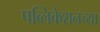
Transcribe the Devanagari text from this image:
पब्लिकेशनच्या